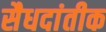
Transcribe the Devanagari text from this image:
सैधदांतीक